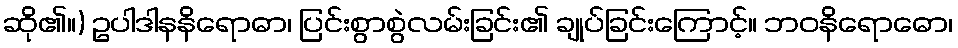
ဆို၏။) ဥပါဒါနနိရောဓာ၊ ပြင်းစွာစွဲလမ်းခြင်း၏ ချုပ်ခြင်းကြောင့်။ ဘဝနိရောဓော၊